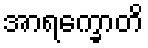
အာရက္ခောတိ